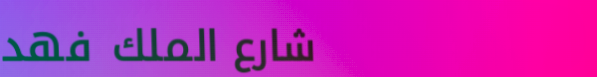
شارع الملك فهد